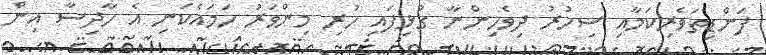
ފަންޑިތަވެރިކަމާއި ސިހުރު ދިވެހިންނާ ގުޅިފައި ހުރި މިންވަރު ހަމައެކަނި އެ ހާދިސާ އިން